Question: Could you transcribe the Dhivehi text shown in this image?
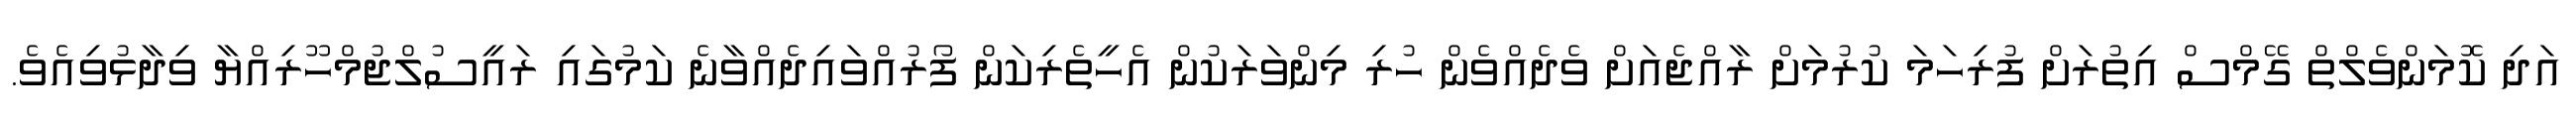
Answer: އަދި ކޮމަންވެލްތް ގޭމްސް އިތުރަށް ފުރިހަމަ ކުރުމަށް ރާއްޖެއަށް ވެދެއްވެން ހުރި މިންވަރަކުން އެހީތެރިކަން ފޯރުއްވައިދެއްވާނެ ކަމުގައި ރައީސުލްޖުމްހޫރިއްޔާ ވިދާޅުވިއެވެ.